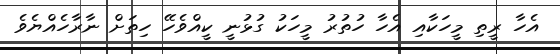
އެހާ ރީތި މީހަކާއި އެހާ ހުތުރު މީހަކު ގުޅުނީ ކީއްވެހޭ ހިތަށް ނާރާހެއްޔެވެ